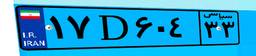
۲۵D۲۸۹۲۴